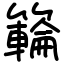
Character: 𥶡